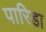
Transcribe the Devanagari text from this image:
पारिडा